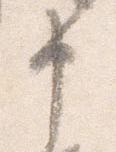
申